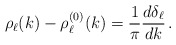
\begin{align*}\rho_\ell(k) - \rho_\ell^{(0)}(k) = \frac{1}{\pi}\frac{d\delta_\ell}{dk} \,.\end{align*}